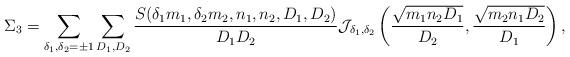
LaTeX: \begin{align*}\Sigma_{3} = \sum \limits_{\delta_1, \delta_2 = \pm 1} \sum \limits_{D_1, D_2} \frac{S(\delta_1 m_1, \delta_2 m_2, n_1, n_2, D_1, D_2)}{D_1 D_2} \mathcal{J}_{\delta_1, \delta_2} \left(\frac{\sqrt{m_1 n_2 D_1}}{D_2},\frac{\sqrt{m_2 n_1 D_2}}{D_1}\right),\end{align*}